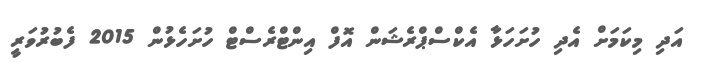
އަދި މިކަމަށް އެދި ހުށަހަޅާ އެކްސްޕްރެޝަން އޮފް އިންޓްރެސްޓް ހުށަހެޅުން 2015 ފެބުރުވަރީ